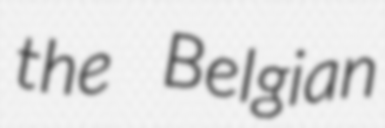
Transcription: the Belgian